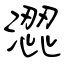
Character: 澀